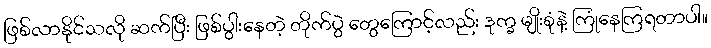
ဖြစ်လာနိုင်သလို ဆက်ပြီး ဖြစ်ပွါးနေတဲ့ တိုက်ပွဲ တွေကြောင့်လည်း ဒုက္ခ မျိုးစုံနဲ့ ကြုံနေကြရတာပါ။